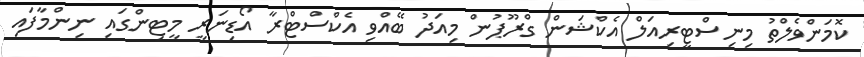
ކޮމަންވެލްތު މިނިސްޓީރިއަލް އެކްޝަން ގްރޫޕުން މިއަދު ބޭއްވި އެކްސްޓްރާ އޯޑިނަރީ މީޓިންގައި ނިންމާފައި